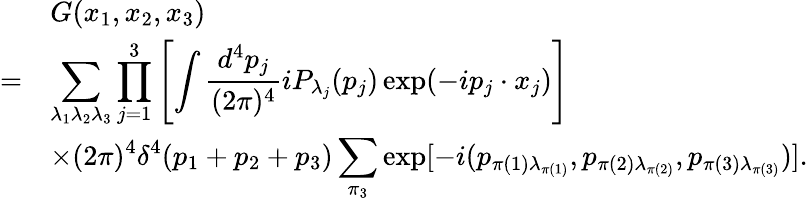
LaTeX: \begin{array}{rl}{{}}&{{G(x_{1},x_{2},x_{3})}}\\ {{=}}&{{\displaystyle\sum_{\lambda_{1}\lambda_{2}\lambda_{3}}\prod_{j=1}^{3}\left[\int\frac{d^{4}p_{j}}{(2\pi)^{4}}iP_{\lambda_{j}}(p_{j})\exp(-ip_{j}\cdot x_{j})\right]}}\\ {{}}&{{\displaystyle\times(2\pi)^{4}\delta^{4}(p_{1}+p_{2}+p_{3})\sum_{\pi_{3}}\exp[-i(p_{\pi(1)\lambda_{\pi(1)}},p_{\pi(2)\lambda_{\pi(2)}},p_{\pi(3)\lambda_{\pi(3)}})].}}\end{array}